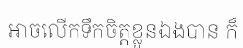
អាចលើកទឹកចិត្តខ្លួនឯងបាន ក៏